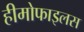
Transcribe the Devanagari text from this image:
हीमोफाइलस